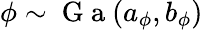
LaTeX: \phi\sim\mathrm{~G~a~}(a_{\phi},b_{\phi})